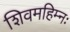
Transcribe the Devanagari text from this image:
शिवमहिम्नः